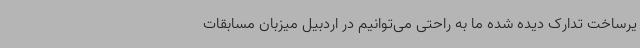
یرساخت تدارک دیده شده ما به راحتی می‌توانیم در اردبیل میزبان مسابقات